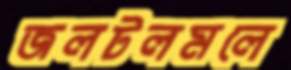
জলটলমলে